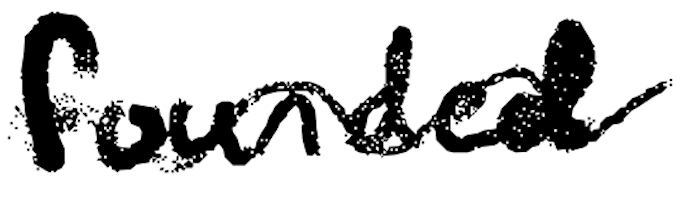
Text: founded
Cross-out: wave
Writing tool: digital_black